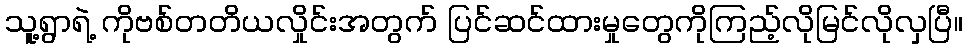
သူ့ရွာရဲ့ ကိုဗစ်တတိယလှိုင်းအတွက် ပြင်ဆင်ထားမှုတွေကိုကြည့်လိုမြင်လိုလှပြီ။